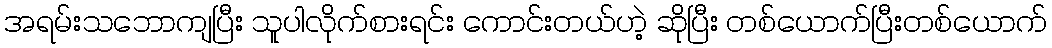
အရမ်းသဘောကျပြီး သူပါလိုက်စားရင်း ကောင်းတယ်ဟဲ့ ဆိုပြီး တစ်ယောက်ပြီးတစ်ယောက်